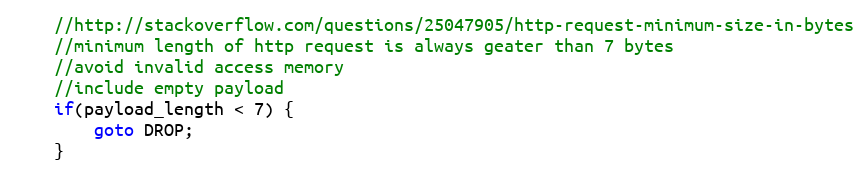
Language: C
	//http://stackoverflow.com/questions/25047905/http-request-minimum-size-in-bytes
	//minimum length of http request is always geater than 7 bytes
	//avoid invalid access memory
	//include empty payload
	if(payload_length < 7) {
		goto DROP;
	}